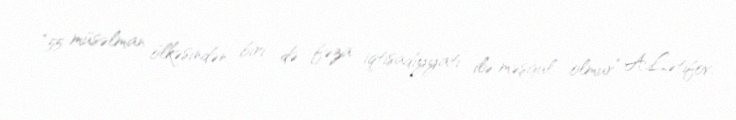
“55 müsəlman ölkəsindən biri də fəza iqtisadiyyatı ilə məşğul olmur” A.Lətifov: